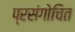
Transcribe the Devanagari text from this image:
प्रसंगोचित